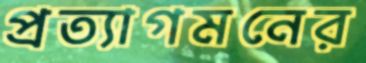
প্রত্যাগমনের